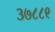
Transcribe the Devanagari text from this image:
३७८८९